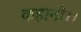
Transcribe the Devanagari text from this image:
कहानी।।